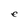
Character: e